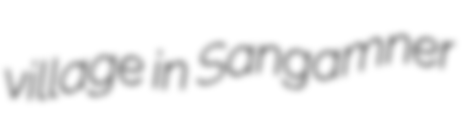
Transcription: village in Sangamner